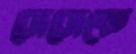
জেজেকে